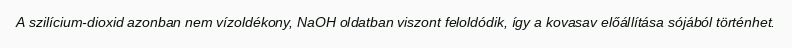
A szilícium-dioxid azonban nem vízoldékony, NaOH oldatban viszont feloldódik, így a kovasav előállítása sójából történhet.